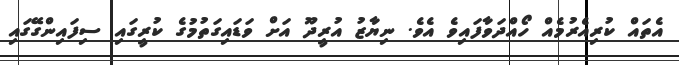
އެތައް ކުރިއެރުމެއް ހޯއްދަވާފައިވެ އެވެ. ނިޔާޒު އުރީދޫ އަށް ވަޑައިގަތުމުގެ ކުރީގައި ސިފައިންގޭގައި